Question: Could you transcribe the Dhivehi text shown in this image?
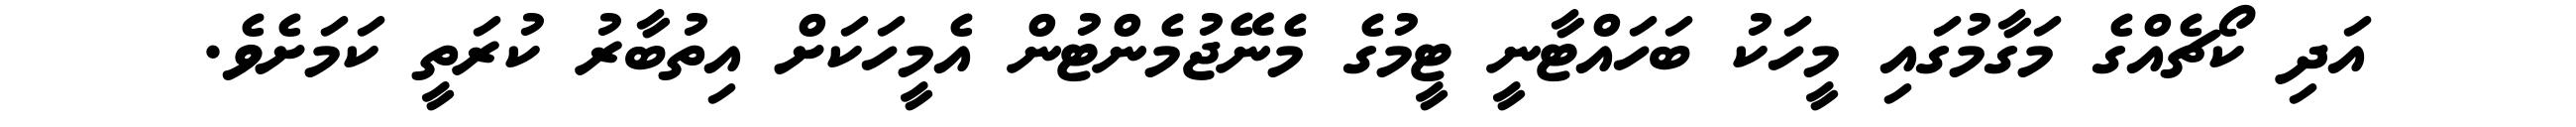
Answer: އަދި ކޯޗެއްގެ މަގާމުގައި މީހަކު ބަހައްޓާނީ ޓީމުގެ މެނޭޖުމެންޓުން އެމީހަކަށް އިތުބާރު ކުރަތީ ކަމަށެވެ.